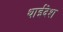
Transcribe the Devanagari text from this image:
थाईदेश